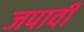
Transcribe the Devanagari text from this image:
जपावी